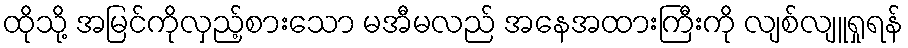
ထိုသို့ အမြင်ကိုလှည့်စားသော မအီမလည် အနေအထားကြီးကို လျစ်လျူရှုရန်